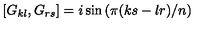
\left[ G _ { k l } , G _ { r s } \right] = i \sin \left( \pi ( k s - l r ) / n \right)